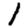
Digit: 1